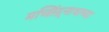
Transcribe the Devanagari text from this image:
मच्छिंद्र्नाथाच्या